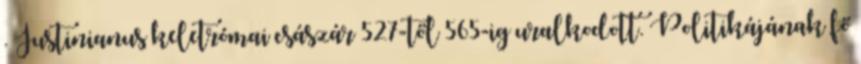
. Justinianus keletrómai császár 527-től 565-ig uralkodott. Politikájának fő